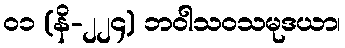
၀၁ (နိ-၂၂၄) ဘဝါသဝသမုဒယာ၊